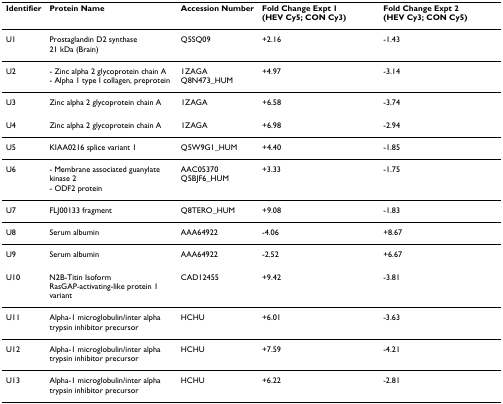
| Identifier | Protein Name | Accession Number | Fold Change Expt 1(HEV Cy5; CON Cy3) | Fold Change Expt 2 (HEV Cy3; CON Cy5) |
 | --- | --- | --- | --- | --- |
 | U1 | Prostaglandin D2 synthase21 kDa (Brain) | Q5SQ09 | +2.16 | -1.43 |
 | U2 | - Zinc alpha 2 glycoprotein chain A- Alpha 1 type I collagen, preprotein | 1ZAGAQ8N473_HUM | +4.97 | -3.14 |
 | U3 | Zinc alpha 2 glycoprotein chain A | 1ZAGA | +6.58 | -3.74 |
 | U4 | Zinc alpha 2 glycoprotein chain A | 1ZAGA | +6.98 | -2.94 |
 | U5 | KIAA0216 splice variant 1 | Q5W9G1_HUM | +4.40 | -1.85 |
 | U6 | - Membrane associated guanylate kinase 2- ODF2 protein | AAC05370Q5BJF6_HUM | +3.33 | -1.75 |
 | U7 | FLJ00133 fragment | Q8TERO_HUM | +9.08 | -1.83 |
 | U8 | Serum albumin | AAA64922 | -4.06 | +8.67 |
 | U9 | Serum albumin | AAA64922 | -2.52 | +6.67 |
 | U10 | N2B-Titin IsoformRasGAP-activating-like protein 1 variant | CAD12455 | +9.42 | -3.81 |
 | U11 | Alpha-1 microglobulin/inter alpha trypsin inhibitor precursor | HCHU | +6.01 | -3.63 |
 | U12 | Alpha-1 microglobulin/inter alpha trypsin inhibitor precursor | HCHU | +7.59 | -4.21 |
 | U13 | Alpha-1 microglobulin/inter alpha trypsin inhibitor precursor | HCHU | +6.22 | -2.81 |